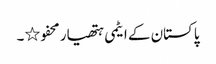
پاکستان کے ایٹمی ہتھیار محفو٭۔